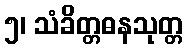
၅၊ သံခိတ္တဓနသုတ္တ